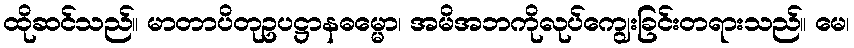
ထိုဆင်သည်။ မာတာပိတုဥပဋ္ဌာနဓမ္မော၊ အမိအဘကိုလုပ်ကျွေးခြင်းတရားသည်။ မေ၊